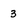
Character: 3